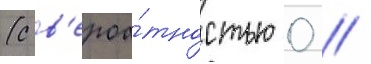
(с в'ероа́тностью 0 /